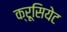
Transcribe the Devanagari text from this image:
क्रूसियेट